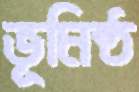
ভূমিষ্ঠ